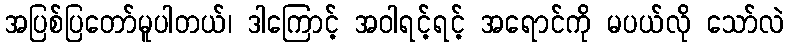
အပြစ်ပြတော်မူပါတယ်၊ ဒါကြောင့် အဝါရင့်ရင့် အရောင်ကို မပယ်လို သော်လဲ